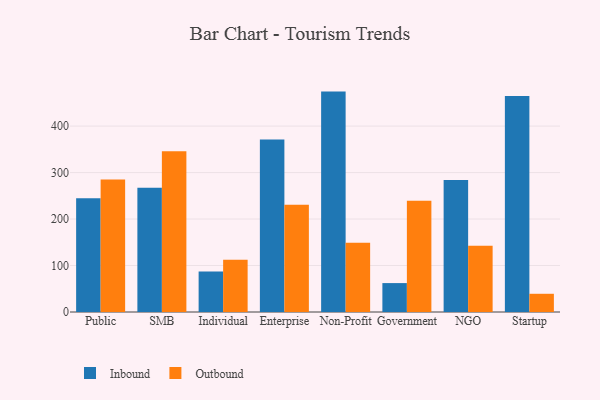
{"axis": {"x": "Segment", "y": "Churn Rate (%)"}, "legend": ["Inbound", "Outbound"], "data": [{"x": "Public", "y": 244.8, "type": "Inbound"}, {"x": "Public", "y": 285.3, "type": "Outbound"}, {"x": "SMB", "y": 267.3, "type": "Inbound"}, {"x": "SMB", "y": 345.6, "type": "Outbound"}, {"x": "Individual", "y": 87.1, "type": "Inbound"}, {"x": "Individual", "y": 112.2, "type": "Outbound"}, {"x": "Enterprise", "y": 370.9, "type": "Inbound"}, {"x": "Enterprise", "y": 230.6, "type": "Outbound"}, {"x": "Non-Profit", "y": 474.2, "type": "Inbound"}, {"x": "Non-Profit", "y": 148.8, "type": "Outbound"}, {"x": "Government", "y": 62.2, "type": "Inbound"}, {"x": "Government", "y": 239.2, "type": "Outbound"}, {"x": "NGO", "y": 283.8, "type": "Inbound"}, {"x": "NGO", "y": 142.8, "type": "Outbound"}, {"x": "Startup", "y": 465.0, "type": "Inbound"}, {"x": "Startup", "y": 39.2, "type": "Outbound"}]}